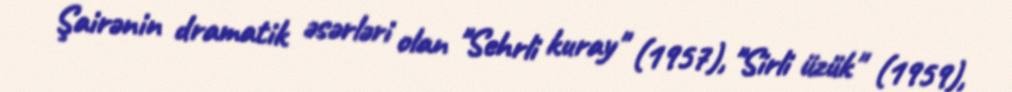
Şairənin dramatik əsərləri olan "Sehrli kuray" (1957), "Sirli üzük" (1959),